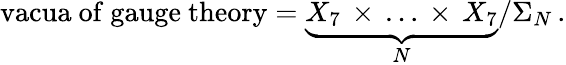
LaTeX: \mathrm{vacua~of~gauge~theory}=\underbrace{X_{7}\, \times\, \dots\, \times\, X_{7}}_{N}/\Sigma_{N}\, .